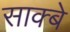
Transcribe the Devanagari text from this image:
साक्बे